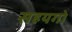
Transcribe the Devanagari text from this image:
सहयगो